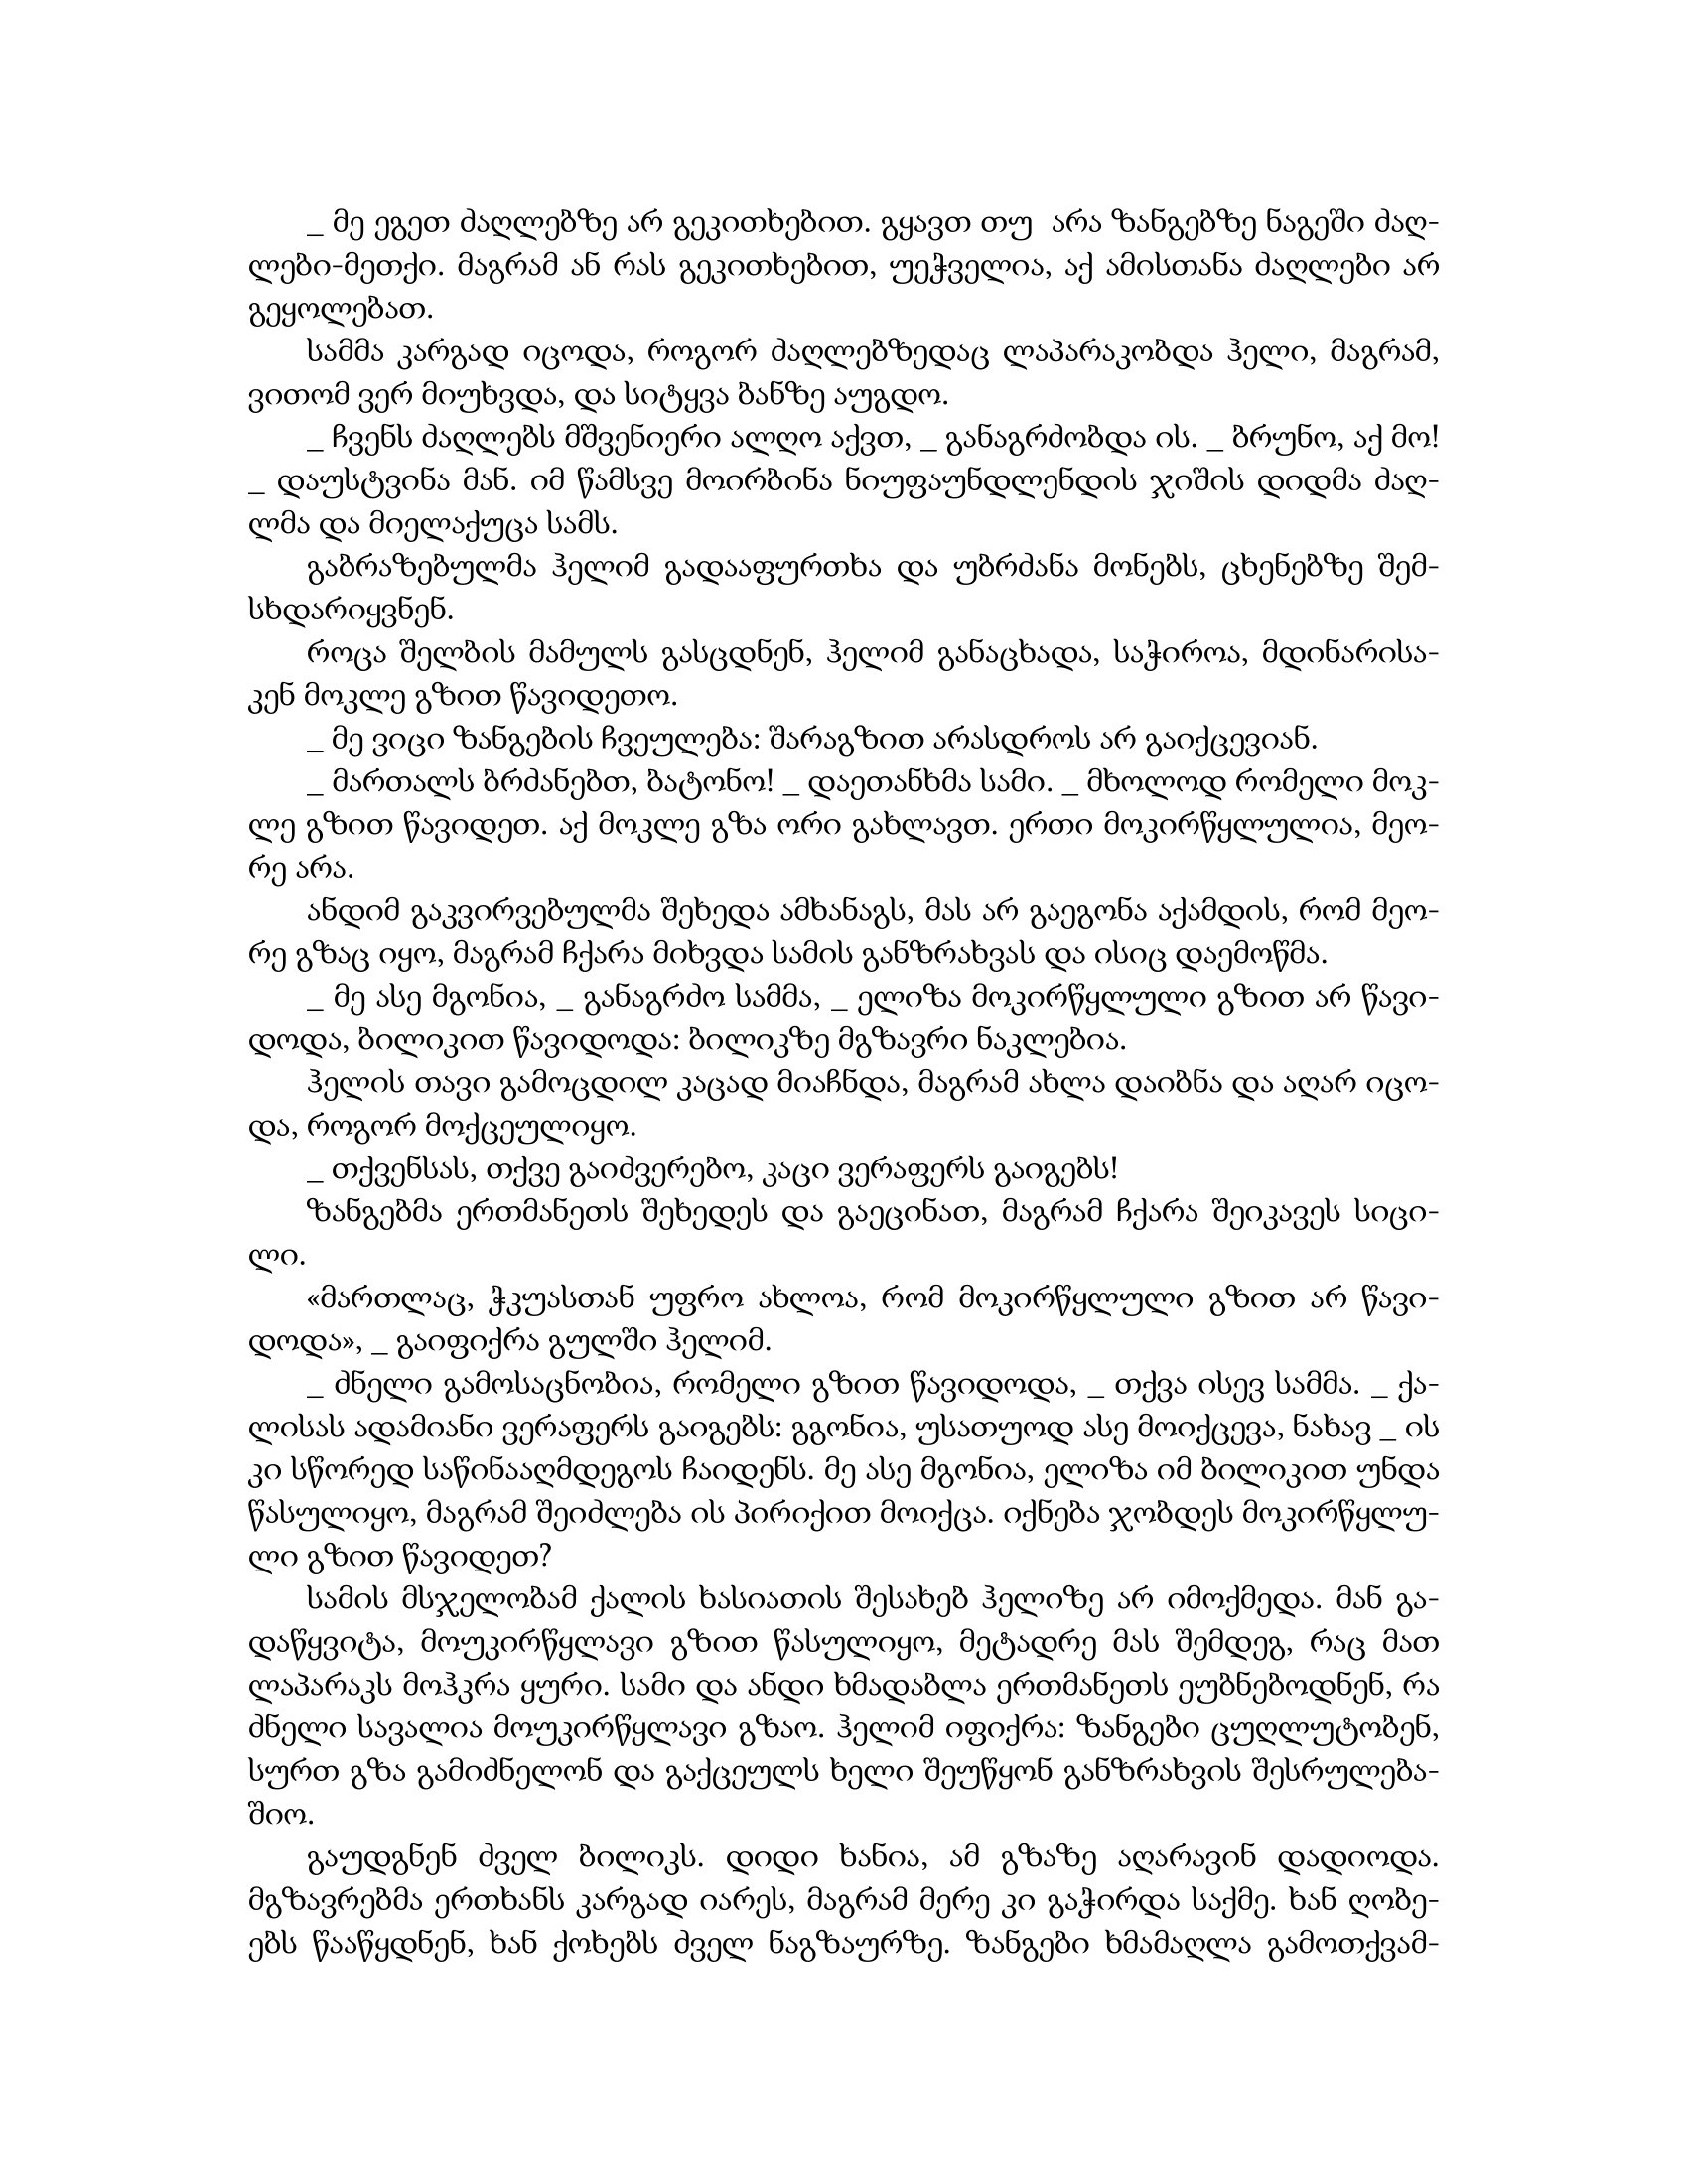
Language: gr